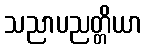
သညာပညတ္တိယာ